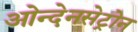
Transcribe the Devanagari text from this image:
ओन्देनसेट्रोन